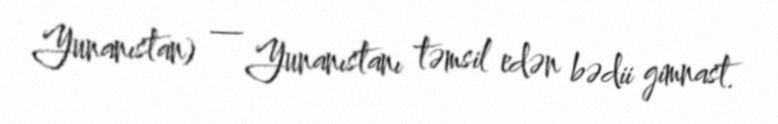
Yunanıstan) — Yunanıstanı təmsil edən bədii gimnast.